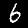
Digit: 6